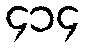
၄၁၄